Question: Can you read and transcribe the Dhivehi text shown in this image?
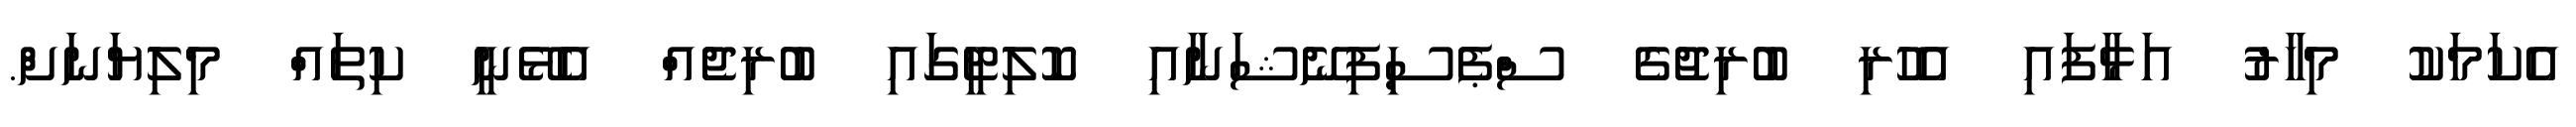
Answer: އެކަމަކު މިހާރު އަޅާފައި އެހުރި ބުރިޖުގެ ސްޕެސިފިނޭޝަނާއި ކޮލިޓީގައި ބުރިޖެއް އެޅޭނީ ކިތައް މިލިޔަނަށް.